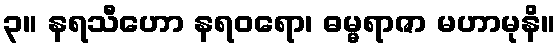
၃။ နရသီဟော နရဝရော၊ ဓမ္မရာဇာ မဟာမုနိ။